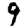
Digit: 9